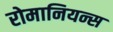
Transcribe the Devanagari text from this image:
रोमानियन्स